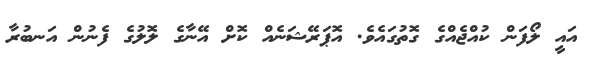
އައީ ލޯފަން ކުއްޖެއްގެ ގޮތުގައެވެ. އޮޕަރޭޝަނެއް ކޮށް އޭނާގެ ލޮލުގެ ފެނުން އަނބުރާ